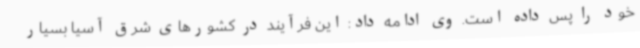
خود را پس داده است. وی ادامه داد: این فرآیند در کشورهای شرق آسیا بسیار